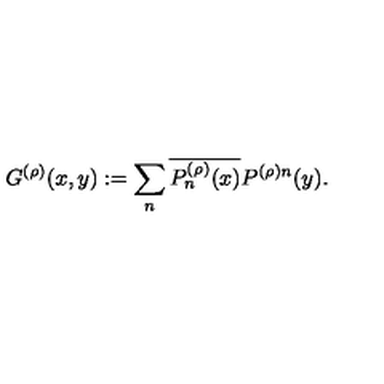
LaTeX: G ^ { ( \rho ) } ( x , y ) : = \sum _ { n } \overline { { P _ { n } ^ { ( \rho ) } ( x ) } } P ^ { ( \rho ) n } ( y ) .